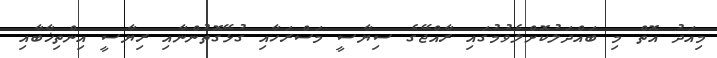
މިއަދު އޮތް މި ބައްދަލުކޮށްލެވުމުގައި ރާއްޖޭގެ ސިޔާސީ މަސްރަހާއި ގުޅޭގޮތުންނާއި ރިޔާސީ އިންތިޚާބާއި